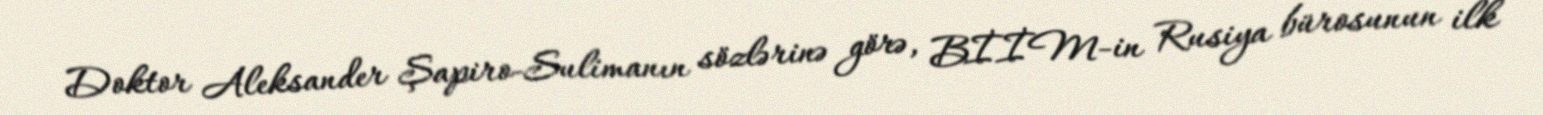
Doktor Aleksander Şapiro-Sulimanın sözlərinə görə, BİİM-in Rusiya bürosunun ilk